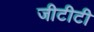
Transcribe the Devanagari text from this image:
जीटीटी